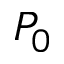
P _ { 0 }